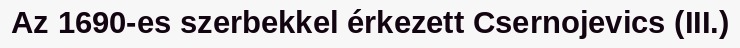
Az 1690-es szerbekkel érkezett Csernojevics (III.)